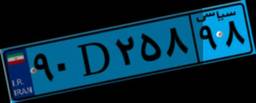
۳۶D۶۰۰۵۰